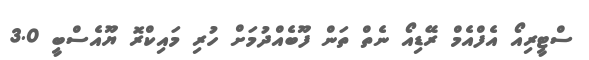
ސްޓީރިއޯ އެފްއެމް ރޭޑިއޯ ނެތް ތަން ފޫބެއްދުމަށް ހުރި މައިކްރޮ ޔޫއެސްބީ 3.0